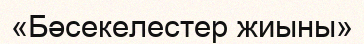
«Бәсекелестер жиыны»